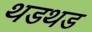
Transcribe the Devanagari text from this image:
थडथड